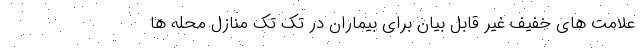
علامت های خفیف غیر قابل بیان برای بیماران در تک تک منازل محله ها